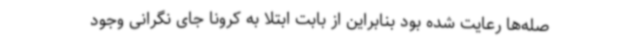
صله‌ها رعایت شده بود بنابراین از بابت ابتلا به کرونا جای نگرانی وجود